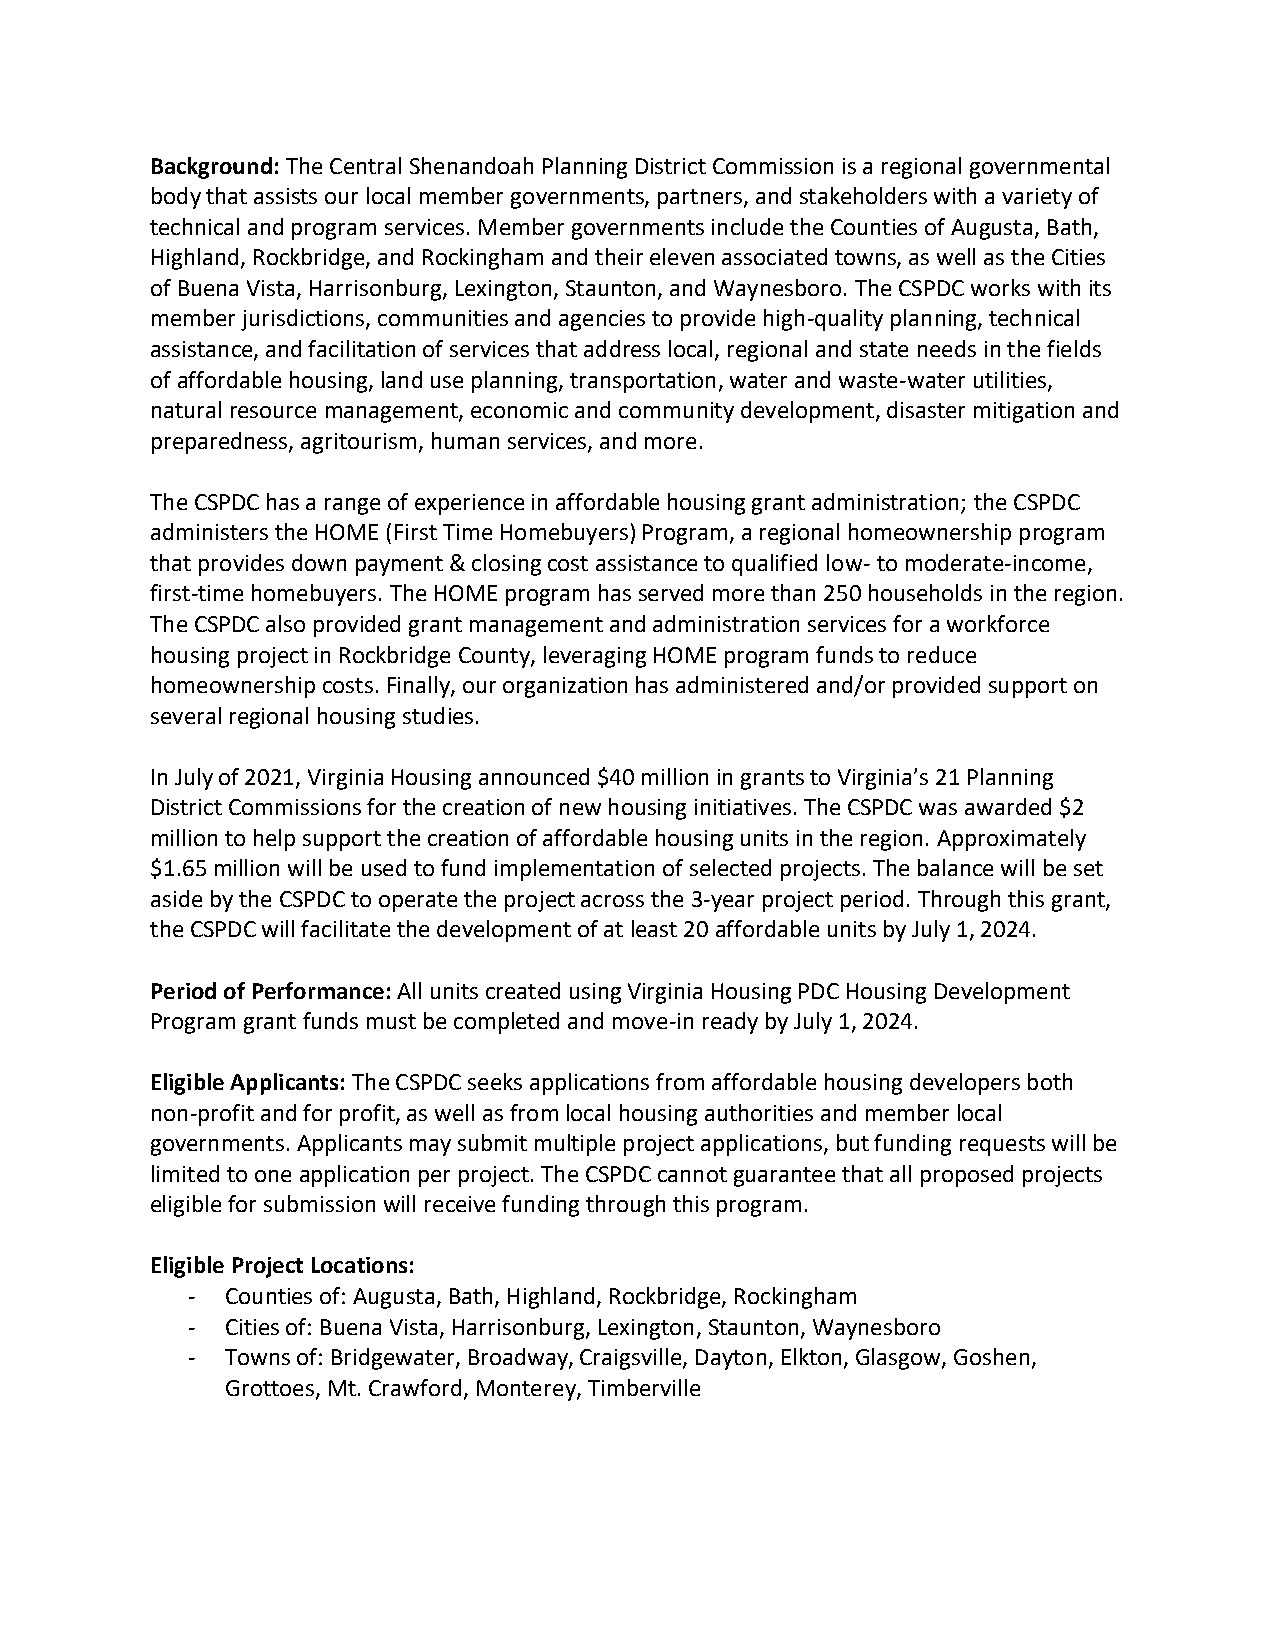
Background: The Central Shenandoah Planning District Commission is a regional governmental
 body that assists our local member governments, partners, and stakeholders with a variety of
 technical and program services. Member governments include the Counties of Augusta, Bath,
 Highland, Rockbridge, and Rockingham and their eleven associated towns, as well as the Cities
 of Buena Vista, Harrisonburg, Lexington, Staunton, and Waynesboro. The CSPDC works with its
 member jurisdictions, communities and agencies to provide high-quality planning, technical
 assistance, and facilitation of services that address local, regional and state needs in the fields
 of affordable housing, land use planning, transportation, water and waste-water utilities,
 natural resource management, economic and community development, disaster mitigation and
 preparedness, agritourism, human services, and more.
 The CSPDC has a range of experience in affordable housing grant administration; the CSPDC
 administers the HOME (First Time Homebuyers) Program, a regional homeownership program
 that provides down payment & closing cost assistance to qualified low- to moderate-income,
 first-time homebuyers. The HOME program has served more than 250 households in the region.
 The CSPDC also provided grant management and administration services for a workforce
 housing project in Rockbridge County, leveraging HOME program funds to reduce
 homeownership costs. Finally, our organization has administered and/or provided support on
 several regional housing studies.
 In July of 2021, Virginia Housing announced $40 million in grants to Virginia’s 21 Planning
 District Commissions for the creation of new housing initiatives. The CSPDC was awarded $2
 million to help support the creation of affordable housing units in the region. Approximately
 $1.65 million will be used to fund implementation of selected projects. The balance will be set
 aside by the CSPDC to operate the project across the 3-year project period. Through this grant,
 the CSPDC will facilitate the development of at least 20 affordable units by July 1, 2024.
 Period of Performance: All units created using Virginia Housing PDC Housing Development
 Program grant funds must be completed and move-in ready by July 1, 2024.
 Eligible Applicants: The CSPDC seeks applications from affordable housing developers both
 non-profit and for profit, as well as from local housing authorities and member local
 governments. Applicants may submit multiple project applications, but funding requests will be
 limited to one application per project. The CSPDC cannot guarantee that all proposed projects
 eligible for submission will receive funding through this program.
 Eligible Project Locations:
 -  Counties of: Augusta, Bath, Highland, Rockbridge, Rockingham
 -  Cities of: Buena Vista, Harrisonburg, Lexington, Staunton, Waynesboro
 -  Towns of: Bridgewater, Broadway, Craigsville, Dayton, Elkton, Glasgow, Goshen,
 Grottoes, Mt. Crawford, Monterey, Timberville